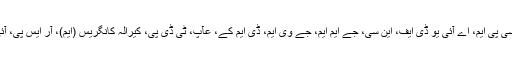
ایس پی، بی ایس پی، این سی پی، ٹی ایم سی، آر ایل ڈی، آر جے ڈی، سی پی آئی، سی پی ایم، اے آئی یو ڈی ایف، این سی، جے ایم ایم، جے وی ایم، ڈی ایم کے، عآپ، ٹی ڈی پی، کیرالہ کانگریس (ایم)، آر ایس پی، آئی یو ایم ایل، لوک تانترک جنتا دل اور سوابھیمان پکشا (آر شیٹی) بند میں شامل ہیں۔